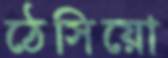
ঠেসিয়ো